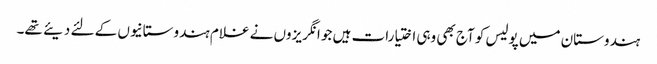
ہندوستان میں پولیس کو آج بھی وہی اختیارات ہیں جو انگریزوں نے غلام ہندوستانیوں کے لئے دیئے تھے۔